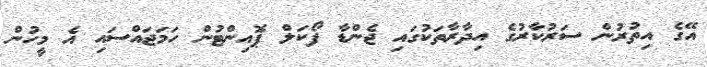
އޭގެ އިތުރުން ސަރުކާރުގެ އިދާރާތަކުގައި ޖެންޑާ ފޯކަލް ޕޮއިންޓުން ހަމަޖައްސައި އެ މީހުން